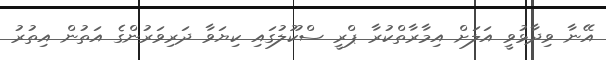
އޭނާ ވިދާޅުވީ އަލަށް އިމާރާތްކުރާ ޕްރީ ސްކޫލުގައި ކިޔަވާ ދަރިވަރުންގެ އަތުން އިތުރު